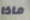
ماذا